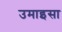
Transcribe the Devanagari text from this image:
उमाइसा